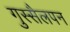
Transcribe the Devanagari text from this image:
गुस्सैलपन